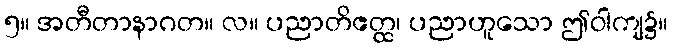
၅။ အတီတာနာဂတ။ လ။ ပညာတိဧတ္ထ၊ ပညာဟူသော ဤဝါကျ၌။